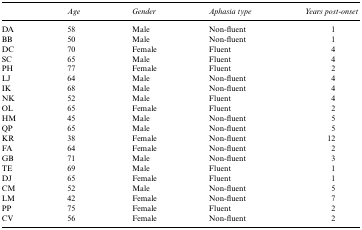
|  | Age | Gender | Aphasia type | Years post-onset |
 | --- | --- | --- | --- | --- |
 | DA | 58 | Male | Non-fluent | 1 |
 | BB | 50 | Male | Non-fluent | 1 |
 | DC | 70 | Female | Fluent | 4 |
 | SC | 65 | Male | Fluent | 4 |
 | PH | 77 | Female | Fluent | 2 |
 | LJ | 64 | Male | Non-fluent | 4 |
 | IK | 68 | Male | Non-fluent | 4 |
 | NK | 52 | Male | Fluent | 4 |
 | OL | 65 | Female | Fluent | 2 |
 | HM | 45 | Male | Non-fluent | 5 |
 | QP | 65 | Male | Non-fluent | 5 |
 | KR | 38 | Female | Non-fluent | 12 |
 | FA | 64 | Female | Non-fluent | 2 |
 | GB | 71 | Male | Non-fluent | 3 |
 | TE | 69 | Male | Fluent | 1 |
 | DJ | 65 | Female | Fluent | 1 |
 | CM | 52 | Male | Non-fluent | 5 |
 | LM | 42 | Female | Non-fluent | 7 |
 | PP | 75 | Female | Fluent | 2 |
 | CV | 56 | Female | Non-fluent | 2 |